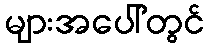
များအပေါ်တွင်